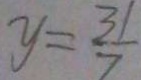
y = \frac { 3 1 } { 7 }